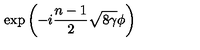
\exp \left( - i \frac { n - 1 } { 2 } \sqrt { 8 \gamma } \phi \right)